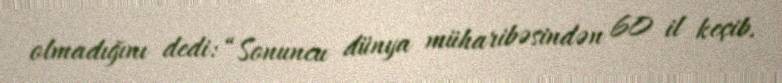
olmadığını dedi: “Sonuncu dünya müharibəsindən 60 il keçib.